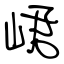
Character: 峮